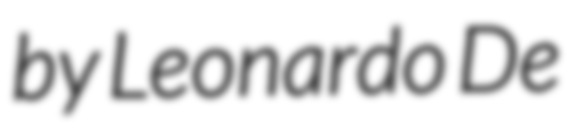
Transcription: by Leonardo De